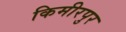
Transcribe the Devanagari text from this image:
किमीरपुर